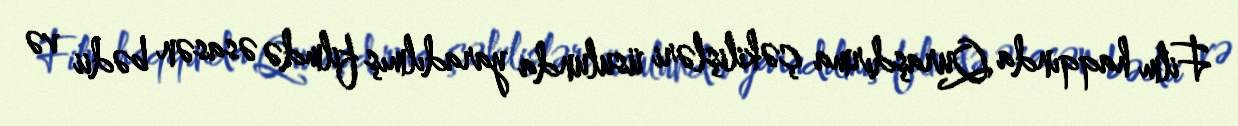
Film haqqında Quraşdırma çəkilişləri üsulunda yaradılmış filmdə əsasən bədii və